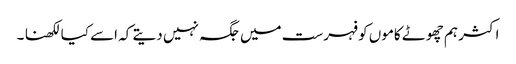
اکثر ہم چھوٹے کاموں کو فہرست میں جگہ نہیں دیتے کہ اسے کیا لکھنا ۔